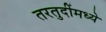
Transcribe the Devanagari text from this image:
तरतुदींमध्ये